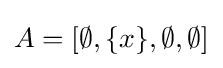
A=[\emptyset ,\{x\},\emptyset ,\emptyset ]